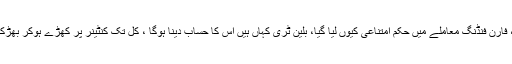
ان کا کہنا تھا کہ عمران خان نے 2002 سے منی لانڈرنگ شروع کی تھی، فارن فنڈنگ معاملے میں حکم امتناعی کیوں لیا گیا، بلین ٹری کہاں ہیں اس کا حساب دینا ہوگا ، کل تک کنٹینر پر کھڑے ہوکر بھڑکیں مارنے والے وزیر اعظم خود کو احتساب کے لئے کیوں نہیں پیش کرتے۔